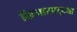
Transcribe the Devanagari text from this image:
किनारपट्ट्या